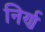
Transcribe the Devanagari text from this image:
निर्ण